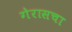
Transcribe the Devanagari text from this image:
गेरासचा